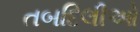
તબદિલીઓ